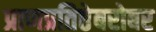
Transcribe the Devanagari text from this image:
प्राणप्रतिष्ठेबरोबर